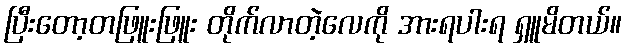
ပြီးတော့တဖြူးဖြူး တိုက်လာတဲ့လေကို အားရပါးရ ရှူမိတယ်။